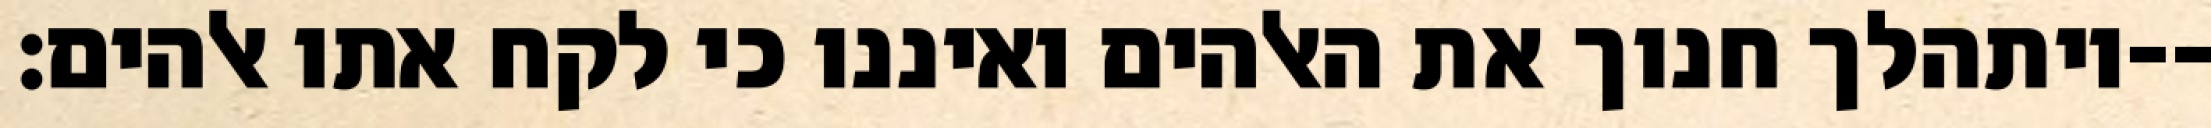
ויתהלך חנוך את האלהים ואיננו כי לקח אתו אלהים׃--